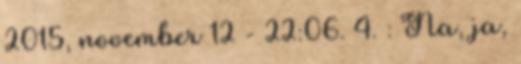
2015, november 12 - 22:06. 4. : Na, ja,